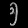
Digit: ၅